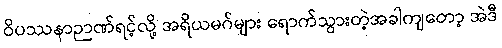
ဝိပဿနာဉာဏ်ရင့်လို့ အရိယမဂ်များ ရောက်သွားတဲ့အခါကျတော့ အဲဒီ